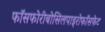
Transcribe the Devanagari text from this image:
फॉसफोरीबोसिलपाइरोफॉसफेट